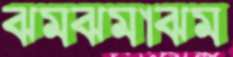
ঝমঝমাঝম